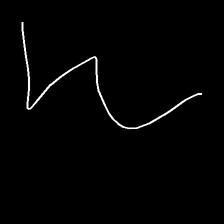
Glyph: crush